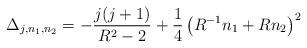
LaTeX: \begin{align*}\Delta_{j,n_1,n_2}=-{j(j+1)\over R^2-2}+{1\over4}\left(R^{-1}n_1+R n_2\right)^2\end{align*}